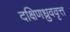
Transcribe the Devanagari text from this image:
दक्षिणध्रुववृत्त